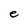
Character: e